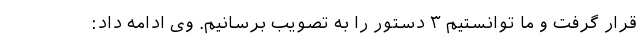
قرار گرفت و ما توانستیم ۳ دستور را به تصویب برسانیم. وی ادامه داد: